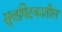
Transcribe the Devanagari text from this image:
सुत्तपिटकातील